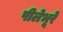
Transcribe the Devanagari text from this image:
पीलेभूरे